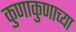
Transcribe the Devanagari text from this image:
कुणाकुणाच्या